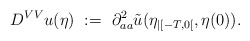
\begin{align*}D^{VV} u(\eta) \ := \ \partial_{aa}^2 \tilde u(\eta_{|[-T,0[},\eta(0)).\end{align*}